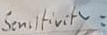
Text: Sensitivity